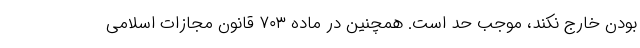
بودن خارج نکند، موجب حد است. همچنین در ماده ۷۰۳ قانون مجازات اسلامی